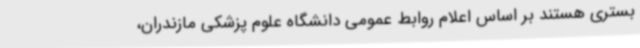
بستری هستند بر اساس اعلام روابط عمومی دانشگاه علوم پزشکی مازندران،